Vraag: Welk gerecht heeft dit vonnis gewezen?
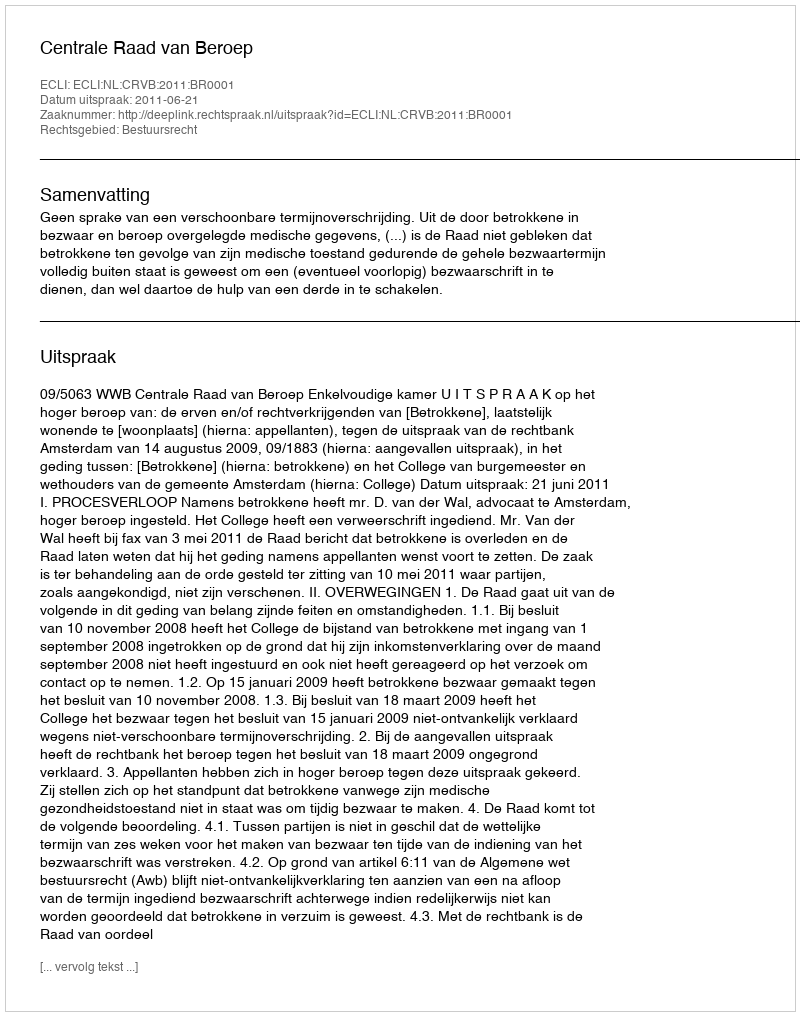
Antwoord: Centrale Raad van Beroep